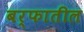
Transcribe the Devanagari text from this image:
बर्फातील